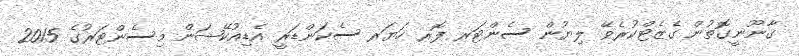
ޤާނޫނީގޮތުން ގެޒެޓްކުރެވޭ ލިޔުން ސެންޓަރ ފޮރ ހަޔަރ ސެކަންޑަރީ އެޑިއުކޭޝަން މިސެންޓަރުގެ 2015